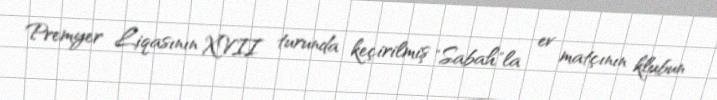
Premyer Liqasının XVII turunda keçirilmiş "Sabah"la ev matçının klubun